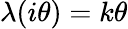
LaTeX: \lambda(i\theta)=k\theta